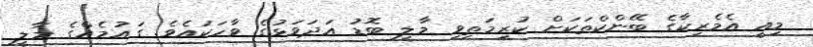
މިއީ އެމެރިކާގެ ބޭންކްތަކަށް ކުރިމަތިވި މާލީ ބޮޑު އަދަވަޅުގެ ވާހަކައެވެ. ގައުމެއްގެ މާލީ